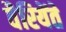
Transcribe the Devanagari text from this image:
वैरियेंते